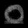
Digit: ၀